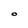
Character: O